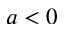
a < 0